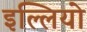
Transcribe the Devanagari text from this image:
इल्लियो